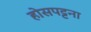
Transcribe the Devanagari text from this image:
होसपट्टना